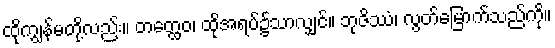
ထိုကျွန်မတို့လည်း။ တတ္ထေဝ၊ ထိုအရပ်၌သာလျှင်။ ဘုဇိဿံ၊ လွတ်မြောက်သည်ကို။